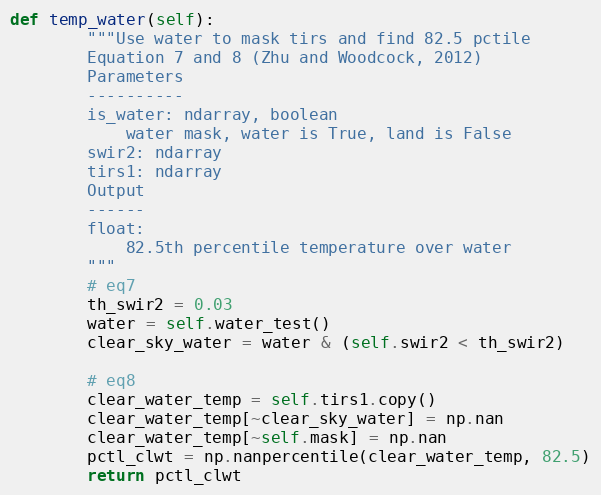
Language: Python
def temp_water(self):
        """Use water to mask tirs and find 82.5 pctile
        Equation 7 and 8 (Zhu and Woodcock, 2012)
        Parameters
        ----------
        is_water: ndarray, boolean
            water mask, water is True, land is False
        swir2: ndarray
        tirs1: ndarray
        Output
        ------
        float:
            82.5th percentile temperature over water
        """
        # eq7
        th_swir2 = 0.03
        water = self.water_test()
        clear_sky_water = water & (self.swir2 < th_swir2)

        # eq8
        clear_water_temp = self.tirs1.copy()
        clear_water_temp[~clear_sky_water] = np.nan
        clear_water_temp[~self.mask] = np.nan
        pctl_clwt = np.nanpercentile(clear_water_temp, 82.5)
        return pctl_clwt